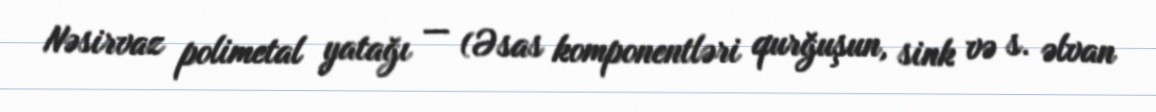
Nəsirvaz polimetal yatağı — (Əsas komponentləri qurğuşun, sink və s. əlvan